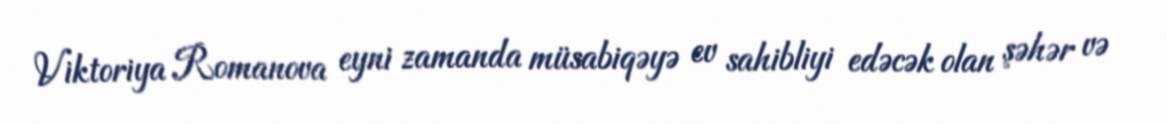
Viktoriya Romanova eyni zamanda müsabiqəyə ev sahibliyi edəcək olan şəhər və